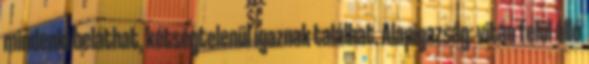
mindenki beláthat, kétségtelenül igaznak találhat. Alapigazság: vitán felül álló